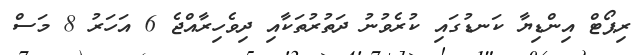
ރިޕޯޓް އިންޑިޔާ ކަނޑުގައި ކުރެވުނު ދަތުރުތަކާއި ދިވެހިރާއްޖެ 6 އަހަރު 8 މަސް